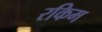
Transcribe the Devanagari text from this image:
रकिम